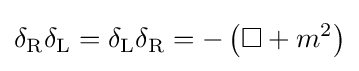
\delta _{\rm {R}}\delta _{\rm {L}}=\delta _{\rm {L}}\delta _{\rm {R}}=-\left(\square +m^{2}\right)